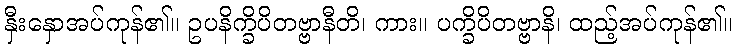
နှီးနှောအပ်ကုန်၏။ ဥပနိက္ခိပိတဗ္ဗာနီတိ၊ ကား။ ပက္ခိပိတဗ္ဗာနိ၊ ထည့်အပ်ကုန်၏။